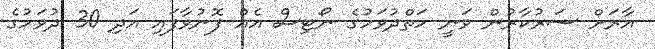
އާރަށް ސަރުކާރުން ވަނީ ހަތްދުވަހުގެ ނޯޓިސް އެއް ފޮނުވާފައި އަދި 30 ދުވަހުގެ